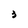
Character: 3